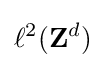
\ell ^{2}(\mathbf {Z} ^{d})